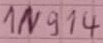
Text: 1N914